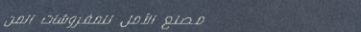
مصنع الأمل للمفروشات المن